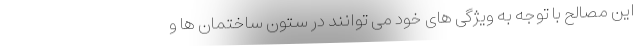
این مصالح با توجه به ویژگی های خود می توانند در ستون ساختمان ها و